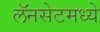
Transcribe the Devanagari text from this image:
लॅनसेटमध्ये